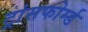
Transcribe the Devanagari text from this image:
ट्रांसफोर्म्ड